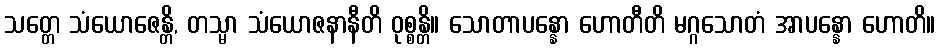
သတ္တေ သံယောဇေန္တိ, တသ္မာ သံယောဇနာနီတိ ဝုစ္စန္တိ။ သောတာပန္နော ဟောတီတိ မဂ္ဂသောတံ အာပန္နော ဟောတိ။